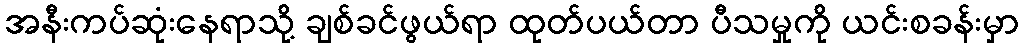
အနီးကပ်ဆုံးနေရာသို့ ချစ်ခင်ဖွယ်ရာ ထုတ်ပယ်တာ ပီသမှုကို ယင်းစခန်းမှာ